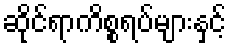
ဆိုင်ရာကိစ္စရပ်များနှင့်